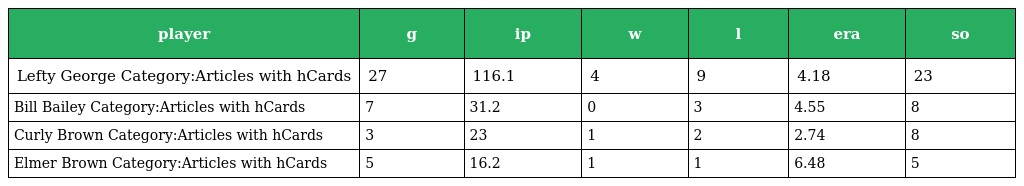
| player | g | ip | w | l | era | so |
 | --- | --- | --- | --- | --- | --- | --- |
 | Lefty George Category:Articles with hCards | 27 | 116.1 | 4 | 9 | 4.18 | 23 |
 | Bill Bailey Category:Articles with hCards | 7 | 31.2 | 0 | 3 | 4.55 | 8 |
 | Curly Brown Category:Articles with hCards | 3 | 23 | 1 | 2 | 2.74 | 8 |
 | Elmer Brown Category:Articles with hCards | 5 | 16.2 | 1 | 1 | 6.48 | 5 |